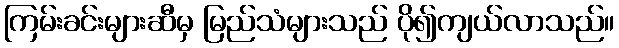
ကြမ်းခင်းများဆီမှ မြည်သံများသည် ပို၍ကျယ်လာသည်။